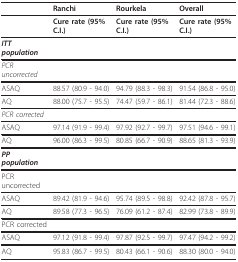
|  | Ranchi | Rourkela | Overall |
 | --- | --- | --- | --- |
 |  | Cure rate (95% C.I.) | Cure rate (95% C.I.) | Cure rate (95% C.I.) |
 | ITT population |  |  |  |
 | PCR uncorrected |  |  |  |
 | ASAQ | 88.57 (80.9 - 94.0) | 94.79 (88.3 - 98.3) | 91.54 (86.8 - 95.0) |
 | AQ | 88.00 (75.7 - 95.5) | 74.47 (59.7 - 86.1) | 81.44 (72.3 - 88.6) |
 | PCR corrected |  |  |  |
 | ASAQ | 97.14 (91.9 - 99.4) | 97.92 (92.7 - 99.7) | 97.51 (94.6 - 99.1) |
 | AQ | 96.00 (86.3 - 99.5) | 80.85 (66.7 - 90.9) | 88.65 (81.3 - 93.9) |
 | PP population |  |  |  |
 | PCR uncorrected |  |  |  |
 | ASAQ | 89.42 (81.9 - 94.6) | 95.74 (89.5 - 98.8) | 92.42 (87.8 - 95.7) |
 | AQ | 89.58 (77.3 - 96.5) | 76.09 (61.2 - 87.4) | 82.99 (73.8 - 89.9) |
 | PCR corrected |  |  |  |
 | ASAQ | 97.12 (91.8 - 99.4) | 97.87 (92.5 - 99.7) | 97.47 (94.2 - 99.2) |
 | AQ | 95.83 (86.7 - 99.5) | 80.43 (66.1 - 90.6) | 88.30 (80.0 - 94.0) |